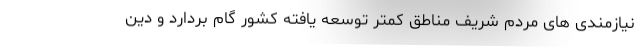
نیازمندی های مردم شریف مناطق کمتر توسعه یافته کشور گام بردارد و دین